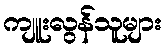
ကျူးလွန်သူများ